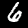
Digit: 6